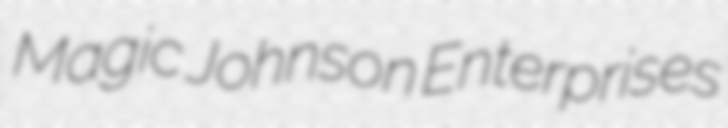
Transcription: Magic Johnson Enterprises